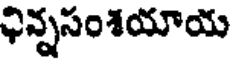
ఛిన్నసంశయాయ